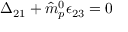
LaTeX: \Delta _ { 2 1 } + { \hat { m } } _ { p } ^ { 0 } \epsilon _ { 2 3 } = 0